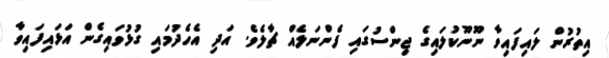
އިތުރުން ލައިފައިވާ ނޫނޫކުލައިގެ ޖިންސުގައި ފެންނަލެއް ޗާލެވެ. އަދި އެހެދުމައި ގުޅުވައިގެން އަޅައިފައިވާ